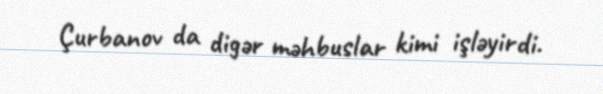
Çurbanov da digər məhbuslar kimi işləyirdi.